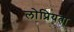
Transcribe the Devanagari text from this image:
लोप्रियता